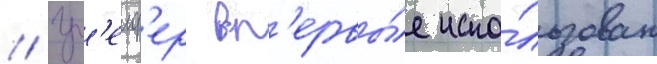
// Гр'еиф'ер вп'ервы́е испо́льзован